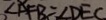
\angle A F B = \angle D E C